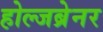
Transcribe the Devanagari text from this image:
होल्जब्रेनर